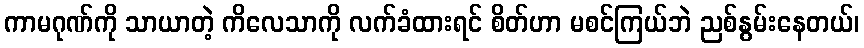
ကာမဂုဏ်ကို သာယာတဲ့ ကိလေသာကို လက်ခံထားရင် စိတ်ဟာ မစင်ကြယ်ဘဲ ညစ်နွမ်းနေတယ်၊